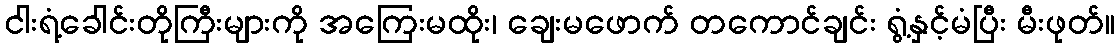
ငါးရံ့ခေါင်းတိုကြီးများကို အကြေးမထိုး၊ ချေးမဖောက် တကောင်ချင်း ရွံ့နှင့်မံပြီး မီးဖုတ်။